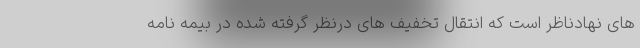
های نهادناظر است که انتقال تخفیف های درنظر گرفته شده در بیمه نامه